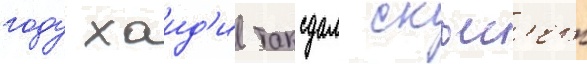
году хаид'и таксдал скьес'ет